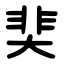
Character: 猆